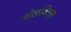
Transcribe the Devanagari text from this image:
शेलशिला